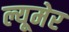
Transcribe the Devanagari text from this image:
ल्यूमेर